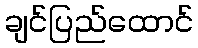
ချင်ပြည်ထောင်